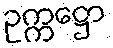
ဥက္ကဋ္ဌော